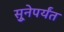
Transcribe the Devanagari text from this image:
सुूनेपर्यंत